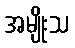
အမျိုးသ